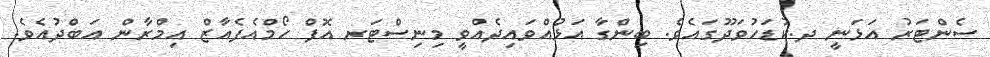
ސެންޓަރު އަޅަނީ ދ.ކުޑަހުވަދޫގައެވެ. ބިންގާ އަޅުއްވައިދެއްވީ މިނިސްޓަރ އޮފް ހޯމްއެފެއާޒް އިމްރާން އަބްދުއެވެ.